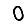
Digit: 0